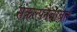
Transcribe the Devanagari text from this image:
संकल्पनेबाबत